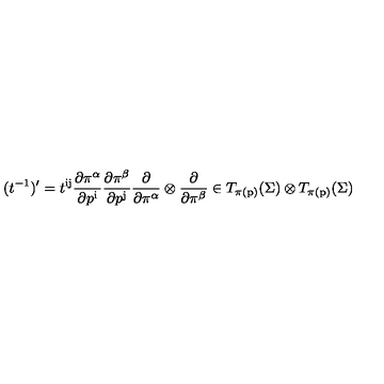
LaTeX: ( t ^ { - 1 } ) ^ { \prime } = t ^ { \mathrm { i j } } { \frac { \partial \pi ^ { \alpha } } { \partial p ^ { \mathrm { i } } } } { \frac { \partial \pi ^ { \beta } } { \partial p ^ { \mathrm { j } } } } { \frac { \partial } { \partial \pi ^ { \alpha } } } \otimes { \frac { \partial } { \partial \pi ^ { \beta } } } \in T _ { \pi ( \mathrm { p } ) } ( \Sigma ) \otimes T _ { \pi ( \mathrm { p } ) } ( \Sigma )